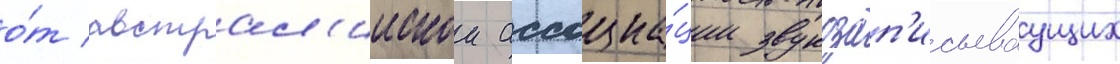
о́т австрал'иискои ассоциа́ции звукозап'исываущих